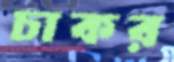
চাকর